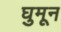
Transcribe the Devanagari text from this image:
घुमून